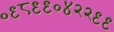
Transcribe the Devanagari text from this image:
०९८९९०४२२९९